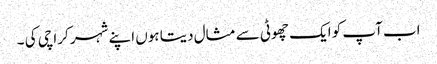
اب آپ کو ایک چھوٹی سے مثال دیتا ہوں اپنے شہر کراچی کی ۔